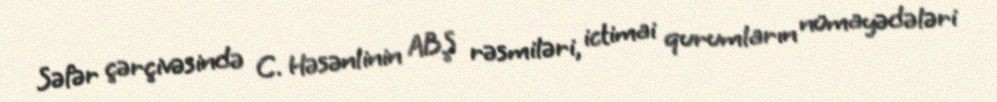
Səfər çərçivəsində C. Həsənlinin ABŞ rəsmiləri, ictimai qurumların nümayədələri